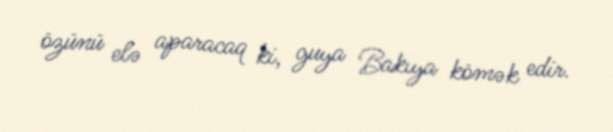
özünü elə aparacaq ki, guya Bakıya kömək edir.